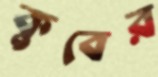
কুবের